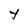
Character: Y